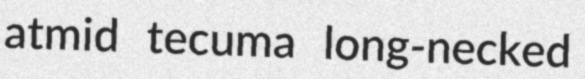
atmid tecuma long-necked